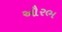
ઔરભ